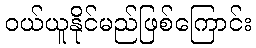
ဝယ်ယူနိုင်မည်ဖြစ်ကြောင်း